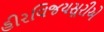
હીરવિજયસૂરીએ